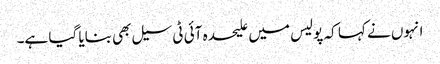
انہوں نے کہا کہ پولیس میں علیحدہ آئی ٹی سیل بھی بنایا گیا ہے۔